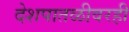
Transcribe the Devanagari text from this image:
देशपातळीवरही